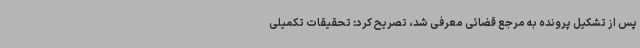
پس از تشکیل پرونده به مرجع قضائی معرفی شد، تصریح کرد: تحقیقات تکمیلی